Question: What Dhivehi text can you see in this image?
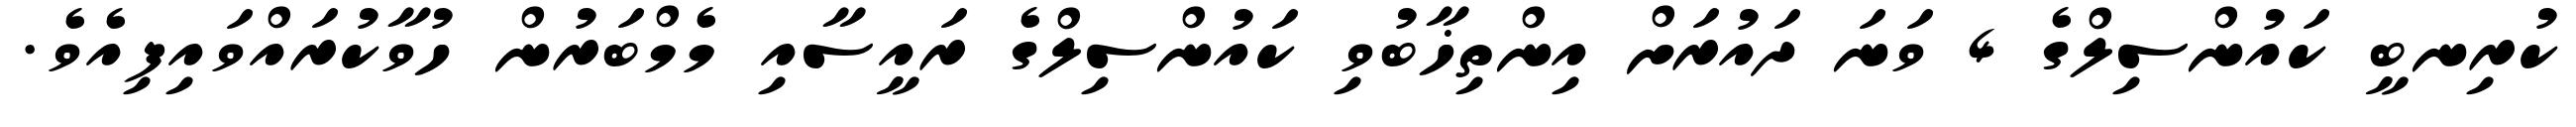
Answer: ކުރިނބީ ކައުންސިލްގެ 4 ވަނަ ދައުރަށް އިންތިޚާބުވި ކައުންސިލްގެ ރައީސާއި މެމްބަރުން ހުވާކުރައްވައިފިއެވެ.